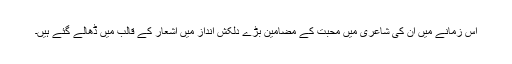
اس زمانے میں ان کی شاعری میں محبت کے مضامین بڑے دلکش انداز میں اشعار کے قالب میں ڈھالے گئے ہیں۔